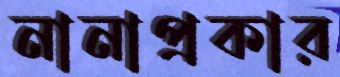
নানাপ্রকার